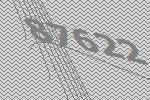
87622